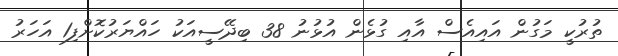
ތުރުކީ މަގުން އައިއެސް އާއި ގުޅެން އުޅުނު 38 ބިދޭސީއަކު ހައްޔަރުކޮށްފި1 އަހަރު